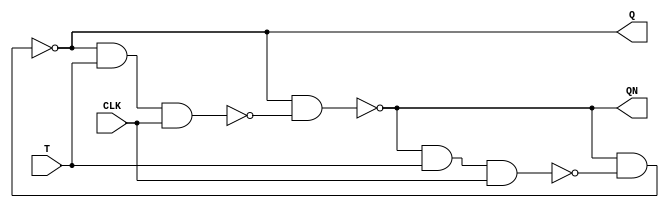
`timescale 1ns / 1ps

module TFF_G(
    input T,CLK,
    output Q,QN
    );
    
     wire t1,t2;
       
       nand n1 (t1,QN,T,CLK);
       nand n2 (t2,Q,T,CLK);
       nand n3 (Q,QN,t1);
       nand n4 (QN,Q,t2);
       
endmodule